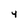
Character: 4